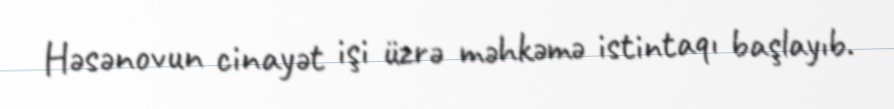
Həsənovun cinayət işi üzrə məhkəmə istintaqı başlayıb.